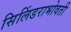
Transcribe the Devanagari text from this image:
सिलिंडराभोवती